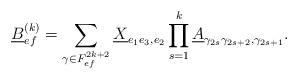
LaTeX: \begin{align*} \underline{B}^{(k)}_{ef}= \sum_{\gamma \in F_{ef}^{2k+2}} \underline X_{e_1e_3,e_2}\prod_{s=1}^{k}\underline A_{\gamma_{2s}\gamma_{2s+2},\gamma_{2s+1}}.\end{align*}